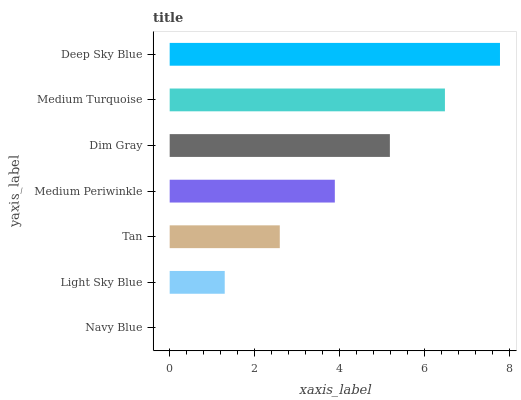
| yaxis_label | bars |
 | --- | --- |
 | Navy Blue | 0 |
 | Light Sky Blue | 1.3 |
 | Tan | 2.6 |
 | Medium Periwinkle | 3.89 |
 | Dim Gray | 5.19 |
 | Medium Turquoise | 6.49 |
 | Deep Sky Blue | 7.79 |